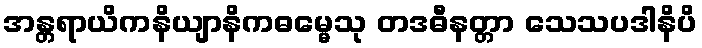
အန္တရာယိကနိယျာနိကဓမ္မေသု တဒဓီနတ္တာ သေသပဒါနိပိ